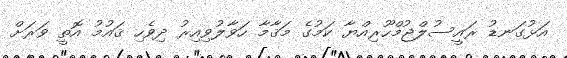
އަޅުގަނޑު ރައީސުލްޖުމްހޫރިއްޔާ ކަމުގެ މަޤާމާ ހަވާލުވިއިރު ދިވެހި ޤައުމު އޮތީ ވަރަށް